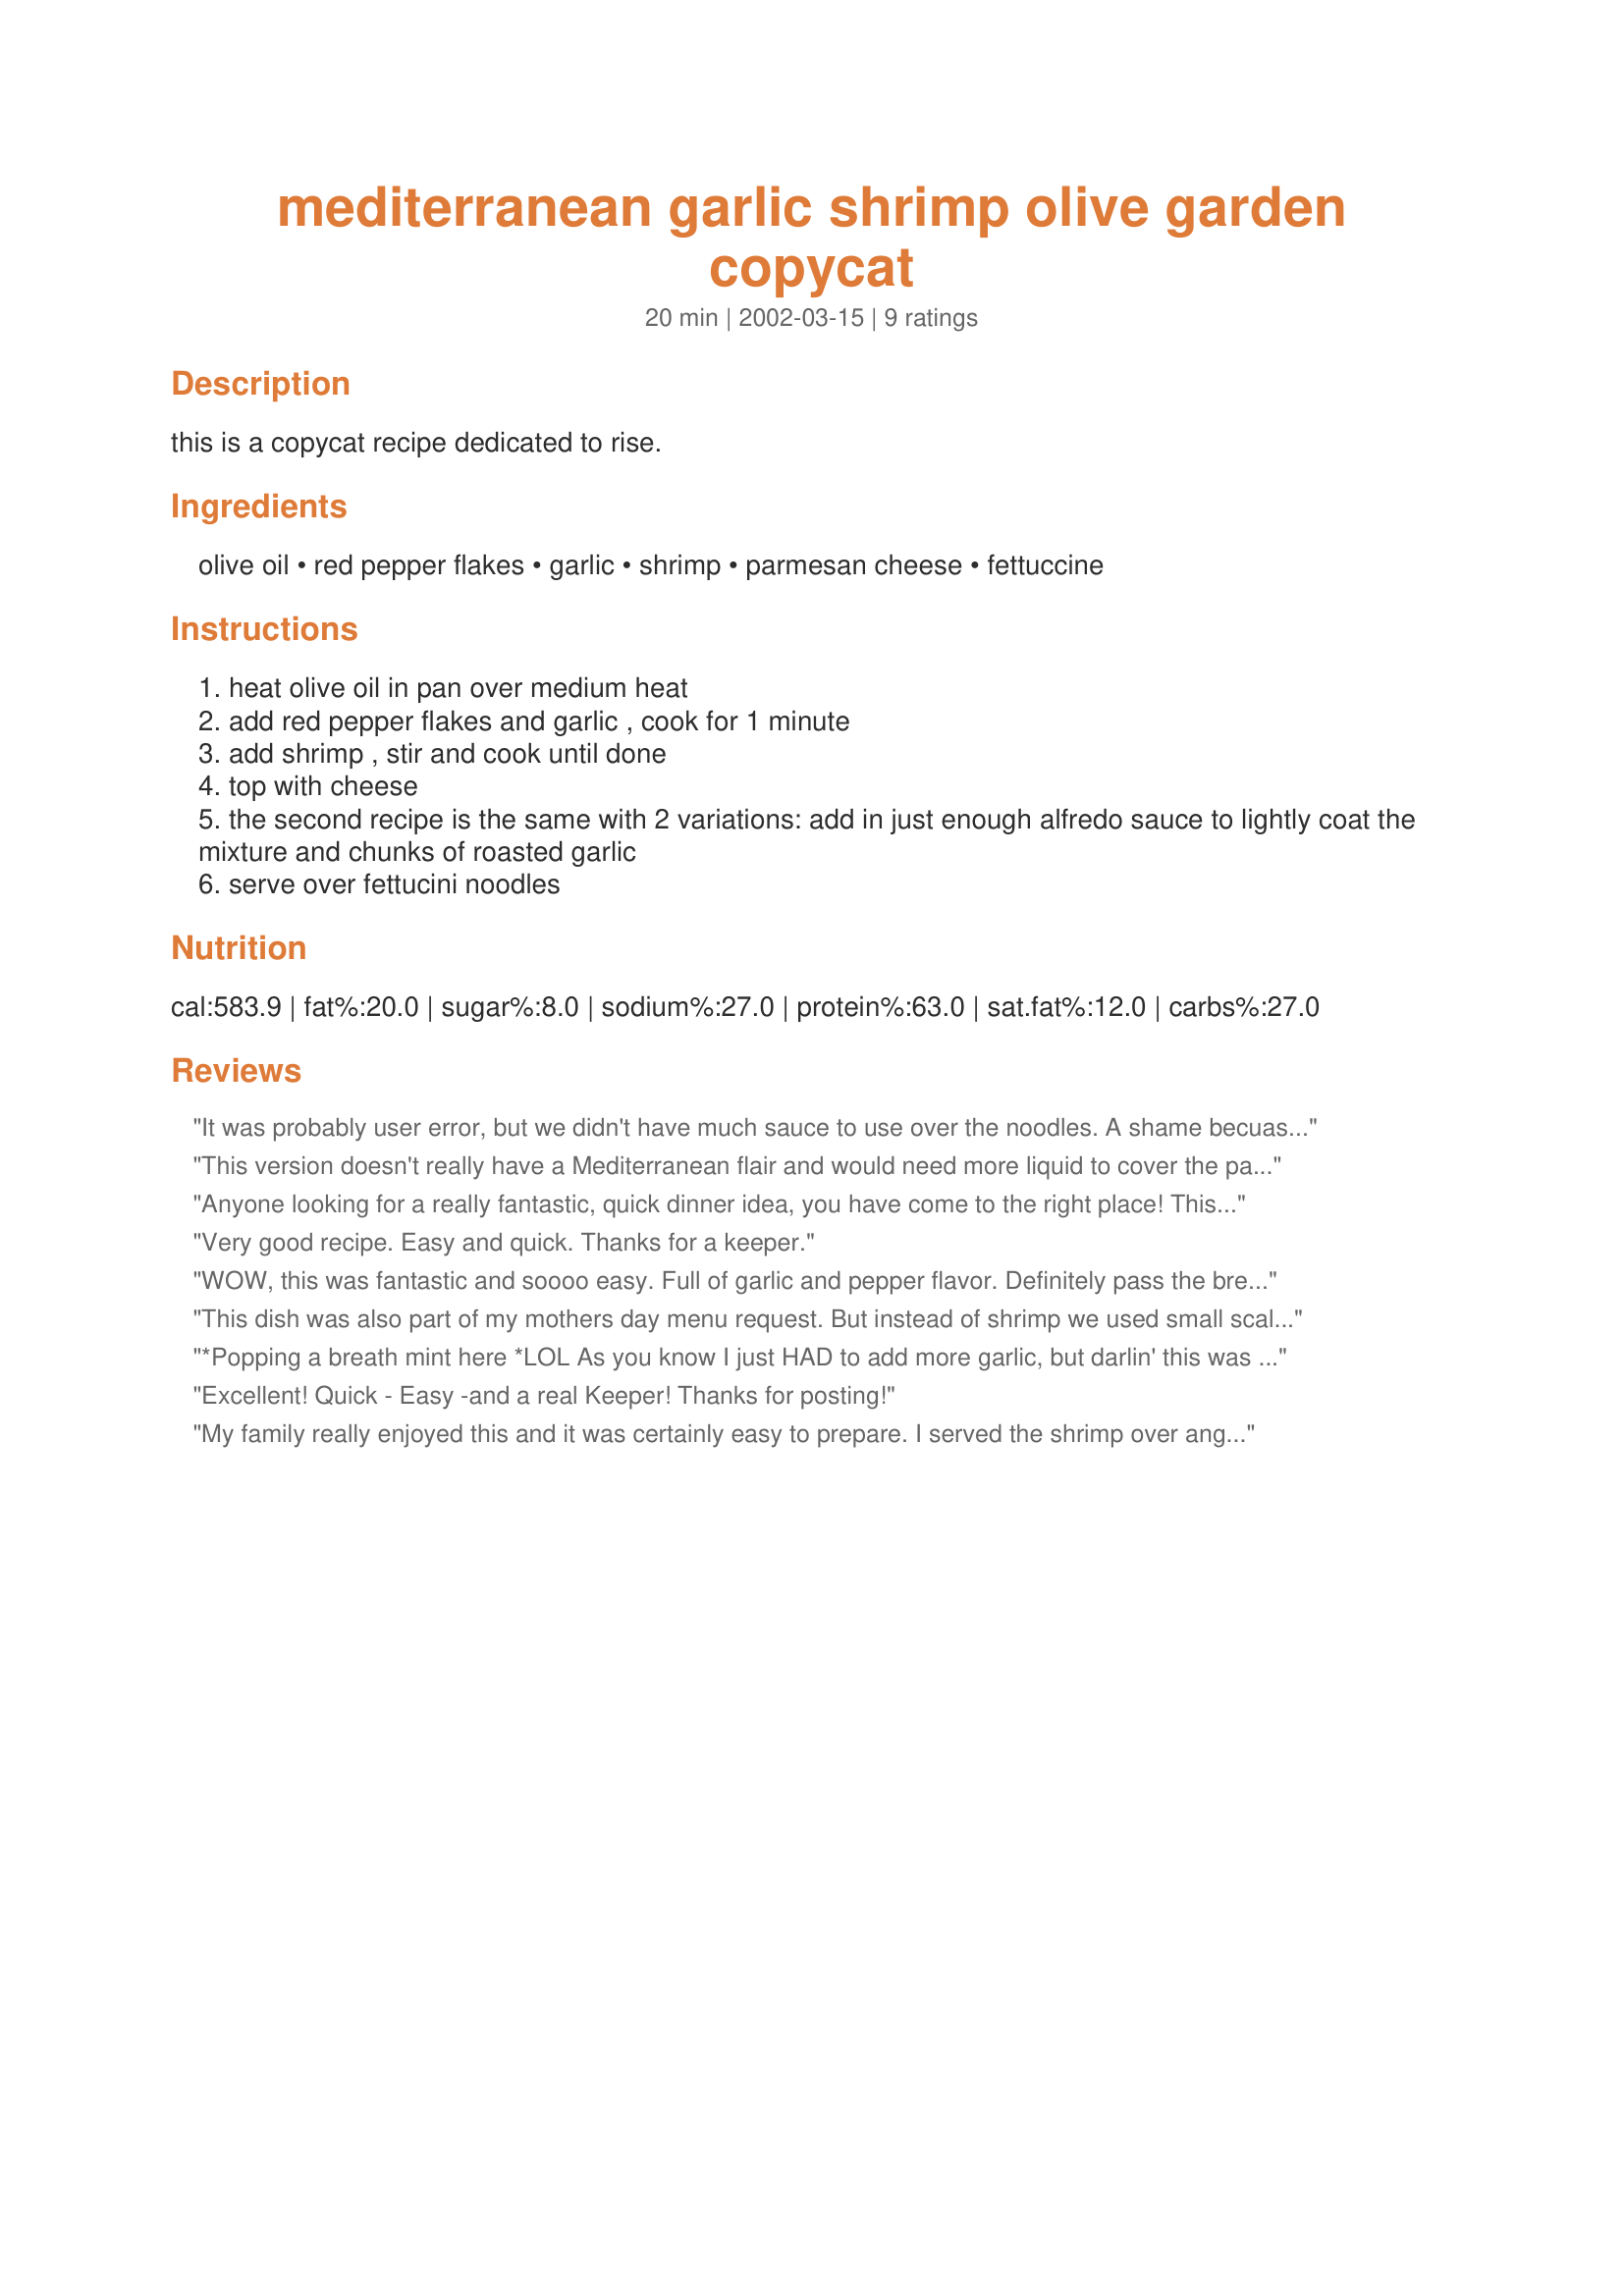
mediterranean garlic shrimp olive garden copycat
Preparation time: 20 minutes

this is a copycat recipe dedicated to rise.

Ingredients:
olive oil, red pepper flakes, garlic, shrimp, parmesan cheese, fettuccine

Steps:
heat olive oil in pan over medium heat
add red pepper flakes and garlic , cook for 1 minute
add shrimp , stir and cook until done
top with cheese
the second recipe is the same with 2 variations: add in just enough alfredo sauce to lightly coat the mixture and chunks of roasted garlic
serve over fettucini noodles

Reviews:
It was probably user error, but we didn't have much sauce to use over the noodles. A shame becuase it was so very tasty. Next time I will definately use the variation and add some alfredo sauce. Can't wait to make it again, so quick and so good!
This version doesn't really have a Mediterranean flair and would need more liquid to cover the pasta. We used to make this in our restaurant. Start out by filling the bottom of a skillet with some white wine, a tablespoon of butter, heaping spoon of minced garlic and a little olive oil. Cut 2 scallions in small pieces and cook white parts in liquid, add shrimp and a little bit of sliced black olives, add shrimp, then salt and red pepper flake to taste. When onions and shrimp are almost done add some grape tomatoes that have been cut in half, toss in just to heat, and pour over spaghetti noodles, or toss in pan, add some of the green part of scallion (chopped) to top for more color. This is an out of this world pasta dish.
Anyone looking for a really fantastic, quick dinner idea, you have come to the right place! This is absolutely wonderful and so very easy to prepare. I made this with angelhair pasta and did not use the alfredo sauce. I served it with my own Favorite Spinach Salad w/Poppyseed Dressing and a baguette. My husband and I both enjoyed this meal so much! I highly recommend maine-iac's Mediterranian Garlic Shrimp! Thanks for a real winner! Now......would someone pass the Altoids, please?
Very good recipe. Easy and quick. Thanks for a keeper.
WOW, this was fantastic and soooo easy. Full of garlic and pepper flavor. Definitely pass the breath mints!! I doubled the recipe so there would be left-overs which was a very good move. I served it over fettuccine and with steamed broccoli, a small Caesar salad, and fresh bread. My family and I enjoyed it very much. Thanks Maine-iac.
This dish was also part of my mothers day menu request. But instead of shrimp we used small scallops served over tri-colored linguine. Easy and quick to put together with wonderful results.
*Popping a breath mint here *LOL As you know I just HAD to add more garlic, but darlin' this was without a doubt fantastic!
Since I made my own Mother's Day dinner, I chose what we'd be having! 
Mmmmmmm, I made the first variation and added some green onion I served it with some Yai-Yai's garlic bread and a small spinach salad with bleu cheese crumbles. Great dinner if I say so myself...thanks darlin'! Guess this means when I make the alfredo version I can review again?! ;D
Excellent!
Quick - Easy -and a real Keeper!
Thanks for posting!
My family really enjoyed this and it was certainly easy to prepare. I served the shrimp over angel hair pasta. I was surprised at the fairly mild flavor. (I added the juice of a lemon, salt and pepper). Thanks Maine-iac. It's a keeper.
